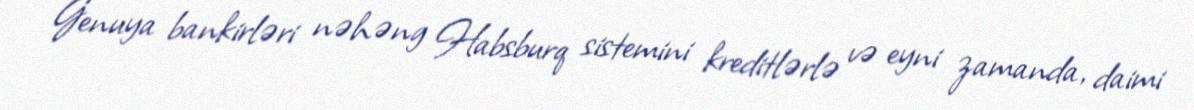
Genuya bankirləri nəhəng Habsburq sistemini kreditlərlə və eyni zamanda, daimi